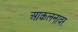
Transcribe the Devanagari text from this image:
आकलनावर